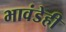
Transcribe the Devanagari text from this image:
भावंडेही